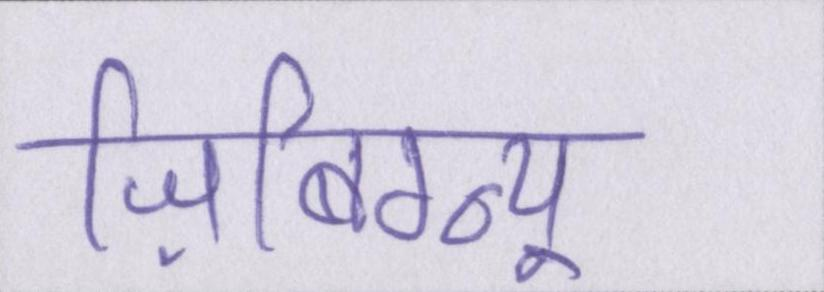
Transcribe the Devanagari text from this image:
ज़िबिग्न्यू